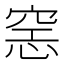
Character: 𰩍